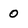
Character: 0